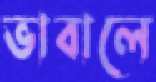
ভাবালে